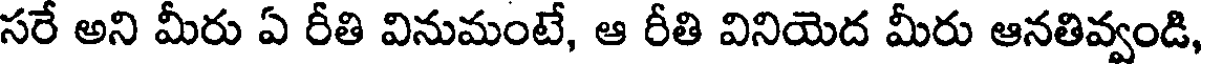
సరే అని మీరు ఏ రీతి వినుమంటే, ఆ రీతి వినియెద మీరు ఆనతివ్వండి